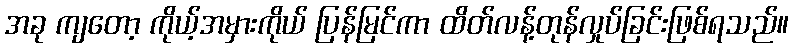
အခု ကျတော့ ကိုယ့်အမှားကိုယ် ပြန်မြင်ကာ ထိတ်လန့်တုန်လှုပ်ခြင်းဖြစ်ရသည်။